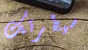
سيطرتك